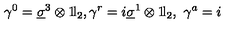
\gamma ^ { 0 } = \underline { { \sigma } } ^ { 3 } \otimes 1 \! \mathrm { l } _ { 2 } , \gamma ^ { r } = i \underline { { \sigma } } ^ { 1 } \otimes 1 \! \mathrm { l } _ { 2 } , \ \gamma ^ { a } = i